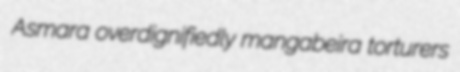
Asmara overdignifiedly mangabeira torturers